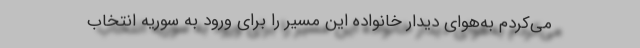
می‌کردم به‌هوای دیدار خانواده این مسیر را برای ورود به سوریه انتخاب